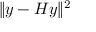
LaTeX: \| y - H y \| ^ { 2 }